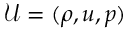
\mathcal { U } = ( \rho , u , p )